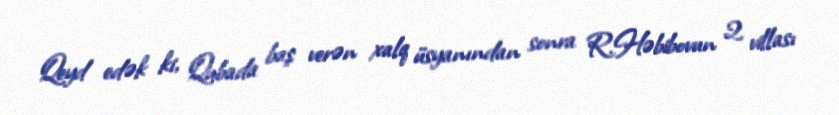
Qeyd edək ki, Qubada baş verən xalq üsyanından sonra R.Həbibovun 2 villası